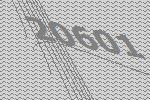
20601